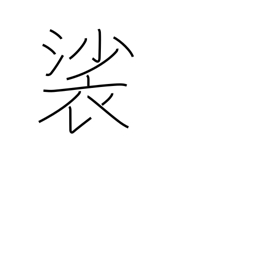
Meaning: Buddhist surplice